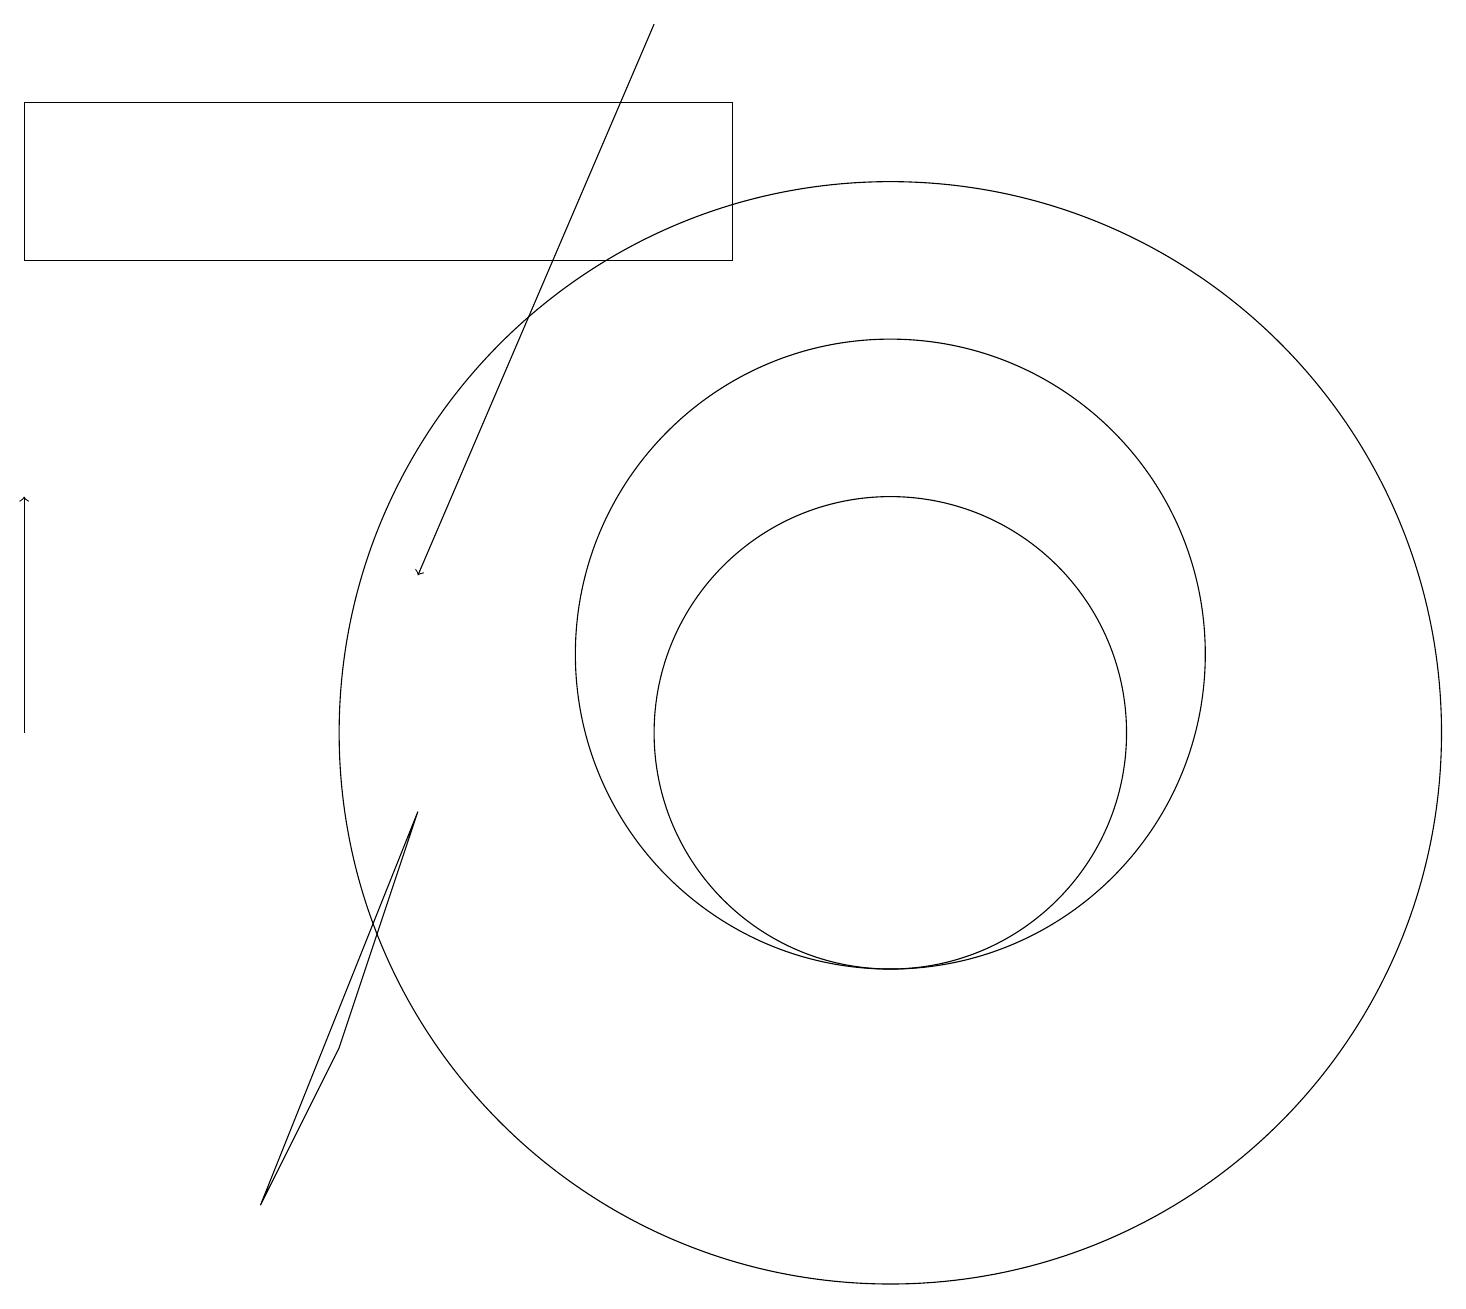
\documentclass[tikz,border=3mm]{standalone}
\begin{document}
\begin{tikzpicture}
\draw[->] (0,10) -- (0,13);
\draw (11,11) circle (4);
\draw[->] (8,19) -- (5,12);
\draw (0,18) rectangle (9,16);
\draw (11,10) circle (3);
\draw (10,10) circle (0);
\draw (4,6) -- (5,9) -- (3,4) -- cycle;
\draw (11,10) circle (7);
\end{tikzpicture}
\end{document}